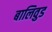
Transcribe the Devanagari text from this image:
बालिवुड